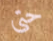
حتى